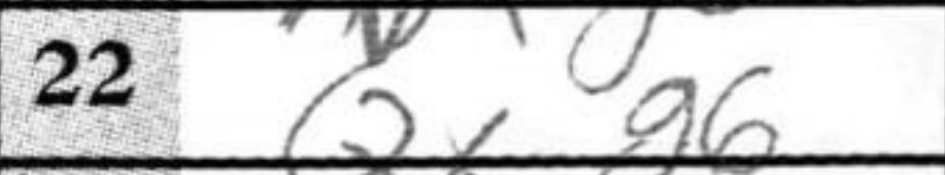
Transcription: Qxg6